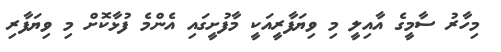
މިހާރު ސާމީގެ އާއިލީ މި ވިޔަފާރީއަކީ މާފުށީގައި އެންމެ ފުޅާކޮށް މި ވިޔަފާރި